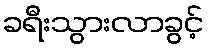
ခရီးသွားလာခွင့်